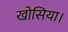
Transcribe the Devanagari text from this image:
खोसिया।